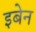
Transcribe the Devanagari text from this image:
इबेन